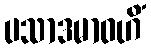
ပသာဒမာဝဟိံ